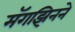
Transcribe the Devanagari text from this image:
मॅगझिनने